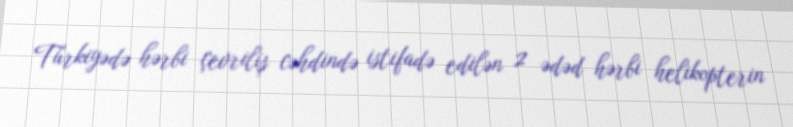
Türkiyədə hərbi çevriliş cəhdində istifadə edilən 2 ədəd hərbi helikopterin